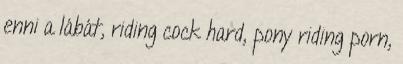
enni a lábát, riding cock hard, pony riding porn,